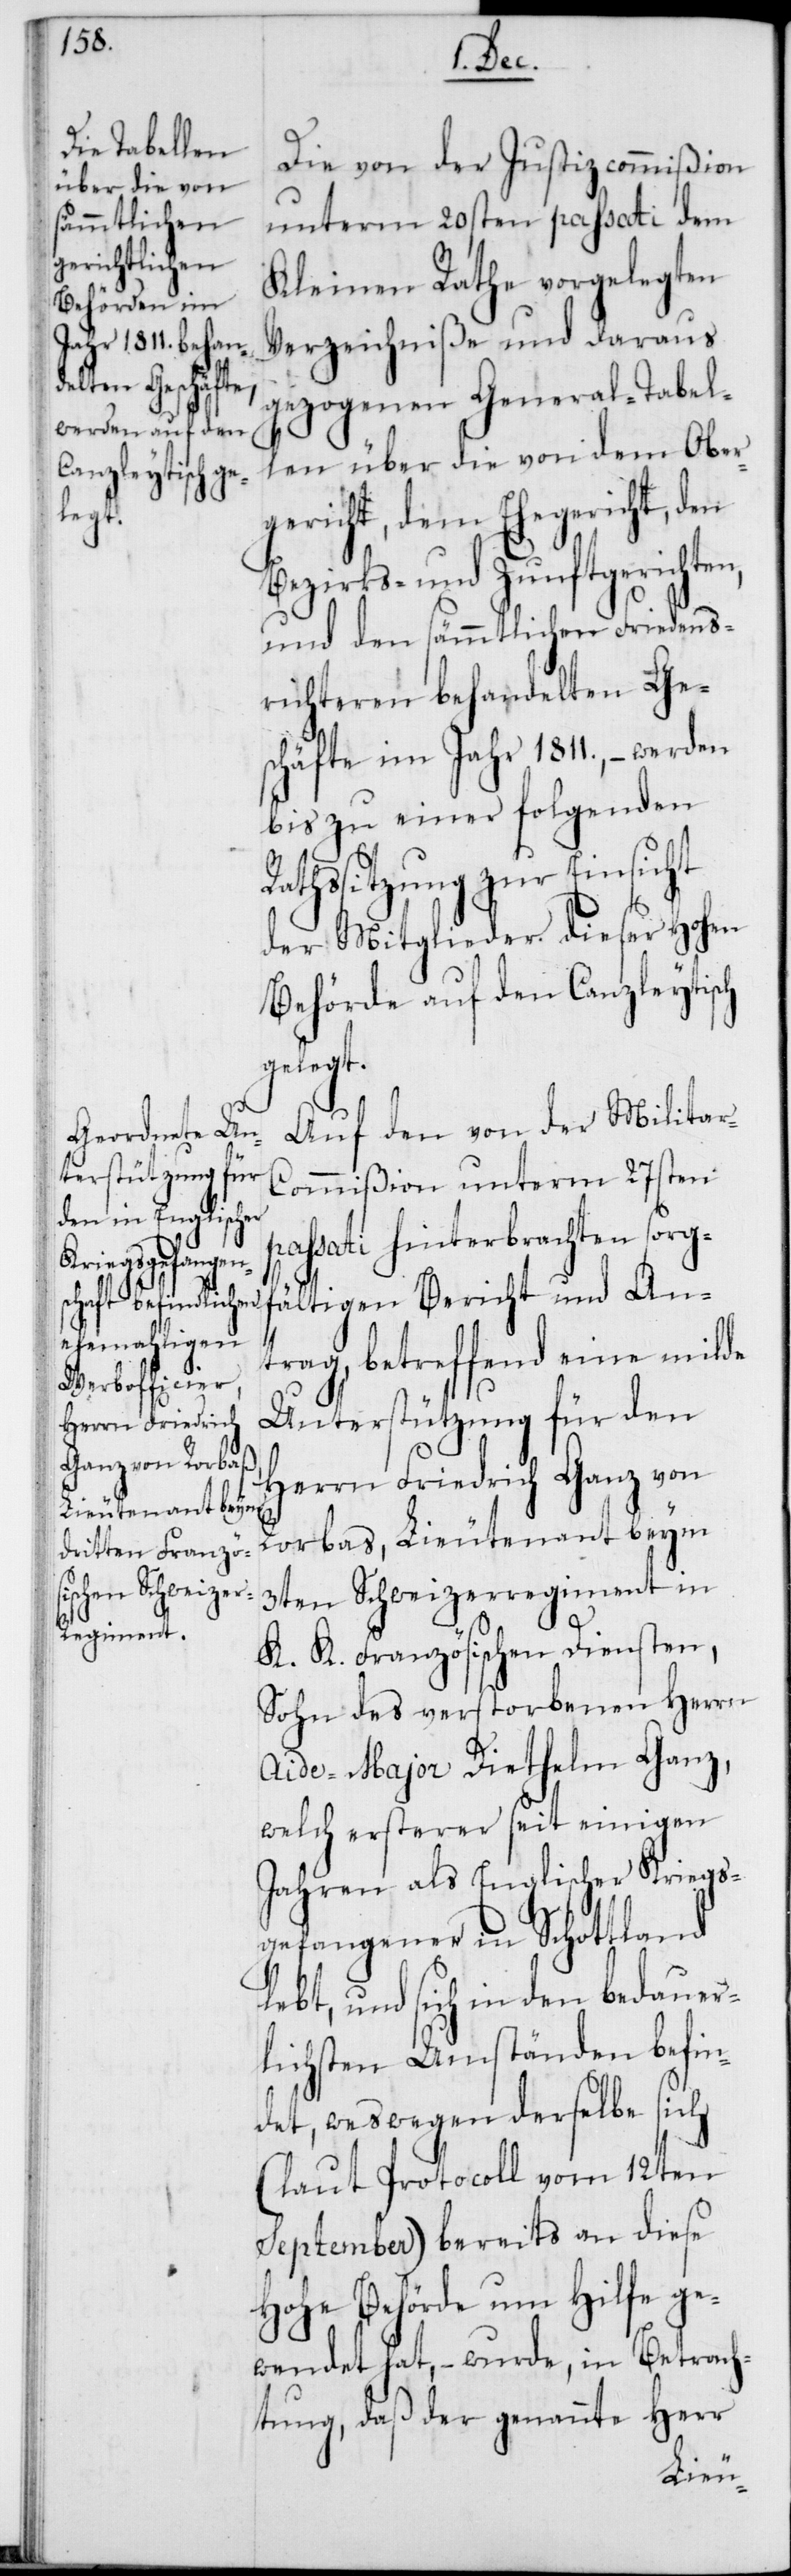
Die von der Justizcommißion
unterm 20sten passati dem
Kleinen Rathe vorgelegten
Verzeichniße und daraus
gezogenen General-Tabel¬
len über die von dem Ober¬
gericht, dem Ehegericht, den
Bezirks- und Zunftgerichten,
und den sämmtlichen Friedens¬
richteren behandelten Ge¬
schäfte im Jahr 1811., – werden
bis zu einer folgenden
Ratssitzung zur Einsicht
der Mitglieder dieser Hohen
Behörde auf den Canzleytisch
gelegt.
Auf den von der Milita¬
r-Commißion unterm 27sten
passati hinterbrachten sorg¬
fältigen Bericht und An¬
trag, betreffend eine milde
Unterstützung für den
Herrn Friedrich Ganz von
Rorbas, Lieutenant beym
3ten Schweizerregiment in
K. K. Französischen Diensten,
Sohn des verstorbenen Herrn
Aide-Major Diethelm Ganz,
welch ersterer seit einigen
Jahren als Englischer Kriegs¬
gefangener in Schottland
lebt, und sich in den bedauer¬
lichsten Umständen befin¬
det, weswegen derselbe sich
(laut Protocoll vom 12ten
September) bereits an diese
Hohe Behörde um Hilfe ge¬
wendet hat, – wurde, in Betrach¬
tung, daß der genannte Herr